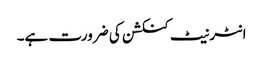
انٹرنیٹ کنکشن کی ضرورت ہے۔